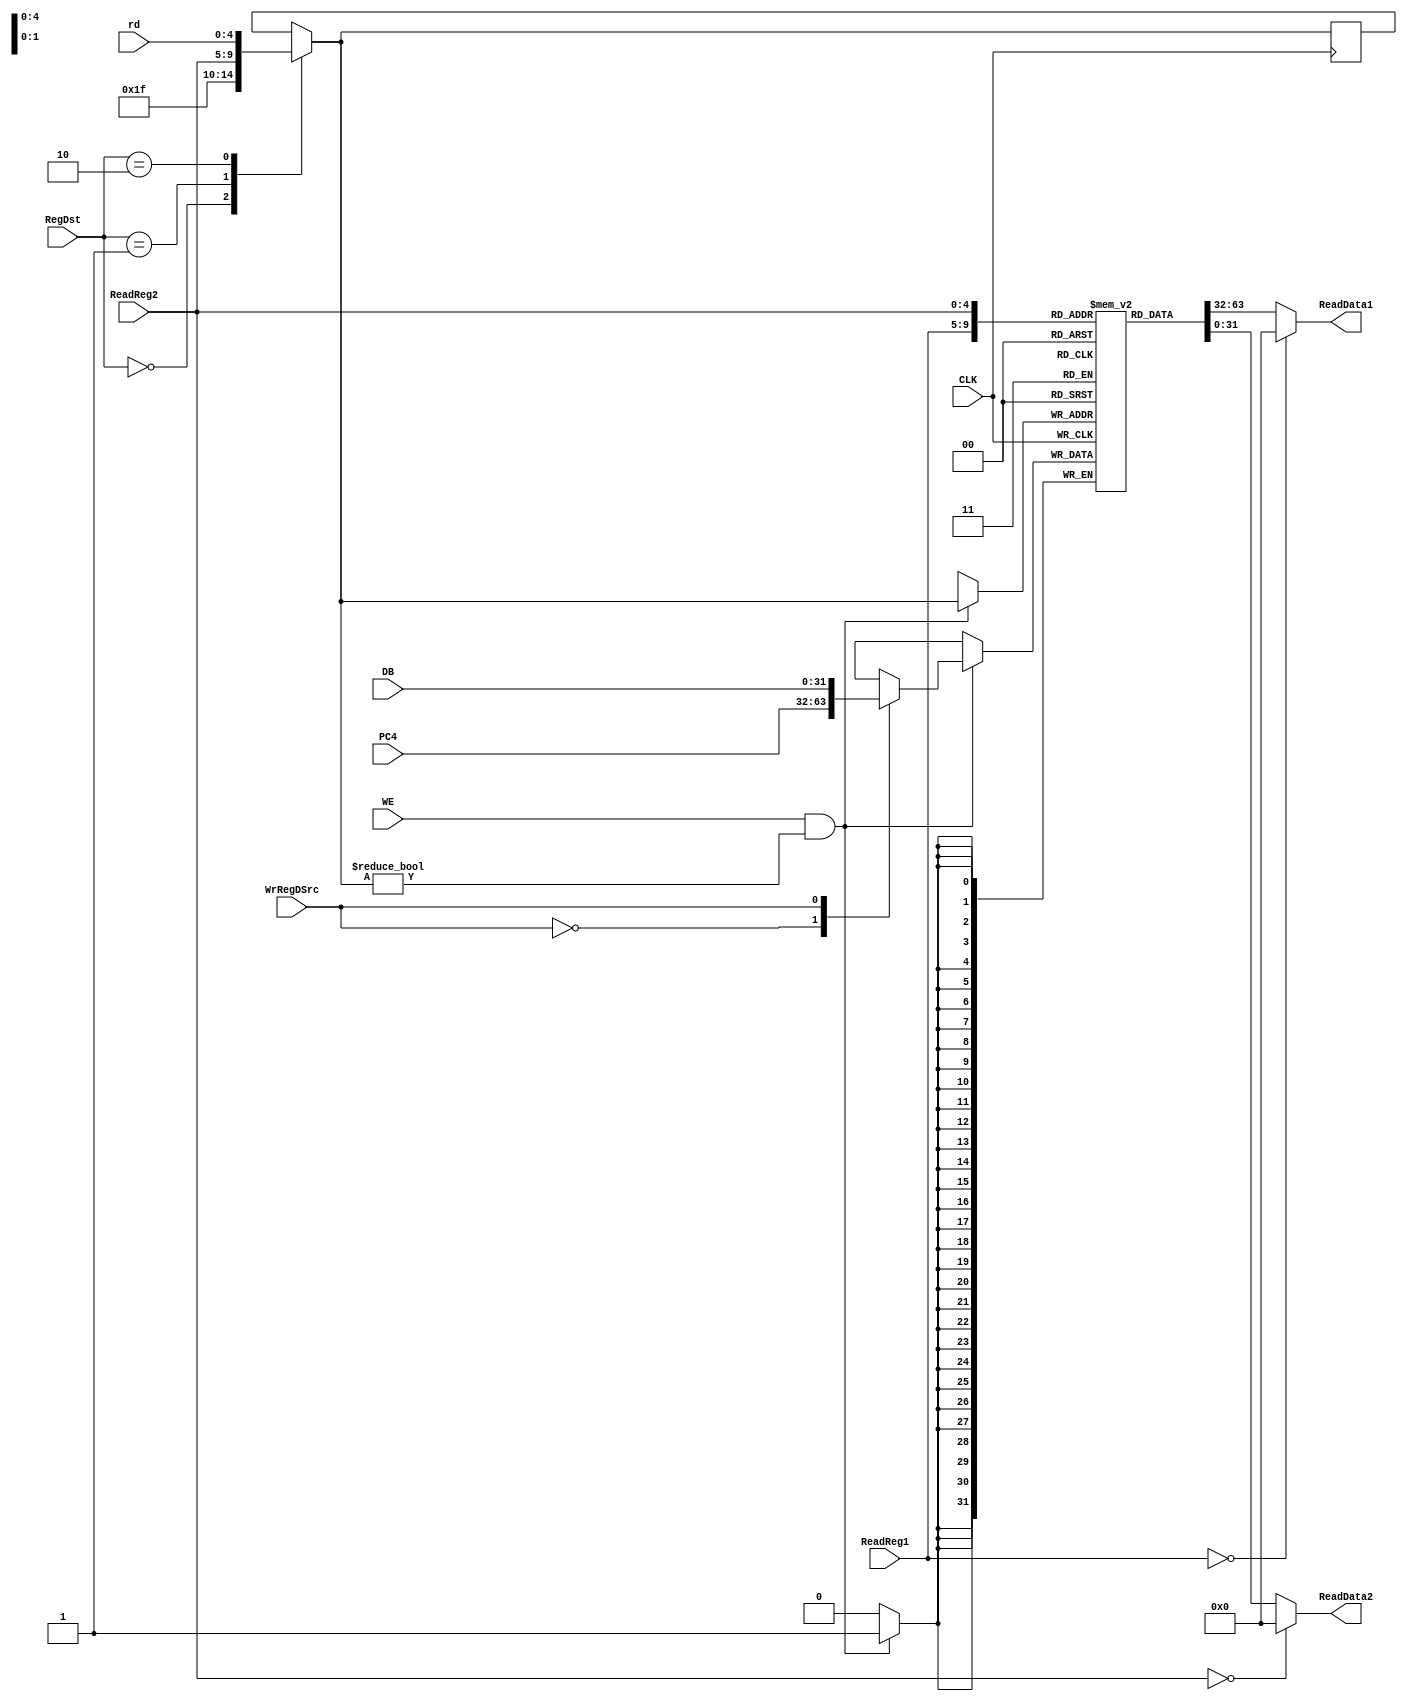
`timescale 1ns / 1ps
//////////////////////////////////////////////////////////////////////////////////
// Company: 
// Engineer: 
// 
// Design Name: 
// Module Name: regFile
// Project Name: 
// Target Devices: 
// Tool Versions: 
// Description: 
// 
// Dependencies: 
// 
// Revision:
// Revision 0.01 - File Created
// Additional Comments:
// 
//////////////////////////////////////////////////////////////////////////////////


module regFile(
    input CLK,
    input WE,
    input [4:0] rd,
    input [1:0] RegDst,
    input [4:0] ReadReg1,   //rs
    input [4:0] ReadReg2,   //rt
    input WrRegDSrc,
    output [31:0] ReadData1,
    output [31:0] ReadData2,
    input [31:0] PC4,
    input [31:0] DB
    );
    reg [31:0] regFile[1:31];
    reg [4:0] WriteReg = 0;
    reg [31:0] WriteData = 0;
    integer i;
    initial begin
       for (i = 1; i <= 31; i = i + 1) begin
            regFile[i] = 32'b0;
       end
    end
    
    assign ReadData1 = (ReadReg1 == 0) ? 0 : regFile[ReadReg1];
    assign ReadData2 = (ReadReg2 == 0) ? 0 : regFile[ReadReg2];
    
    always @ (posedge CLK) begin
        case (RegDst)
                2'b00:  WriteReg = 5'b11111;
                2'b01:  WriteReg = ReadReg2;
                2'b10:  WriteReg = rd;
            endcase
            case (WrRegDSrc)
                0: WriteData = PC4;
                1: WriteData = DB;
            endcase
        if(WE == 1 && WriteReg != 0)    //$00
            regFile[WriteReg] <= WriteData;
    end
endmodule